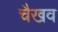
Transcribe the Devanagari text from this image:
चैखव